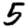
Digit: 5